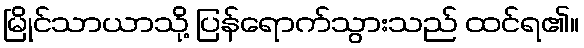
မြိုင်သာယာသို့ ပြန်ရောက်သွားသည် ထင်ရ၏။